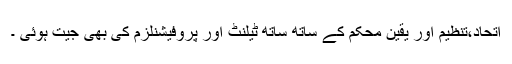
اتحاد،تنظیم اور یقین محکم کے ساتھ ساتھ ٹیلنٹ اور پروفیشنلزم کی بھی جیت ہوئی ۔